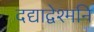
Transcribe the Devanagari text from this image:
दद्याद्वेश्मनि